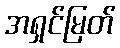
အရှင်မြတ်